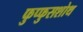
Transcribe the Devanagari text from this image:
फुप्फुसशोथ